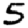
Digit: 5